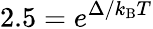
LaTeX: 2.5=e^{\Delta/k_{\mathrm{B}}T}